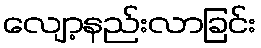
လျော့နည်းလာခြင်း